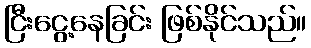
ငြီးငွေ့နေခြင်း ဖြစ်နိုင်သည်။